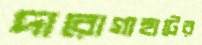
দারোগাহাটের